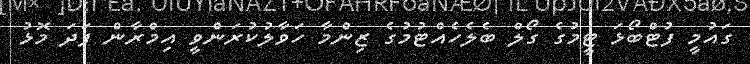
ގައުމީ ފުޓްބޯޅަ ޓީމުގެ ގޯލް ބެލެހެއްޓުމުގެ ޒިންމާ ހަވާލުކުރަންވީ އިމްރާން ފަދަ މޮޅު